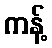
ကန့်